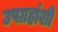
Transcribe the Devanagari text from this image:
उपग्रहांशी